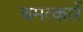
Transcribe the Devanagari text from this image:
चमत्कारें